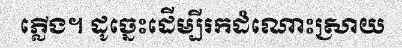
ភ្លើង។ ដូច្នេះដើម្បីរកដំណោះស្រាយ